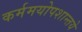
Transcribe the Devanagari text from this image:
कर्ममयोपशान्तये